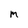
Character: M